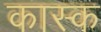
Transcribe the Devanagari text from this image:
कास्क